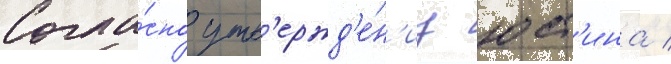
Согла́сно утв'ержд'е́н'иу юст'ина /